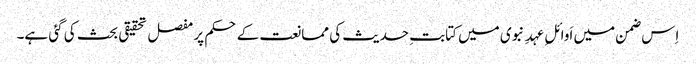
اِس ضمن میں اَوائلِ عہدِ نبوی میں کتابتِ حدیث کی ممانعت کے حکم پر مفصل تحقیقی بحث کی گئی ہے۔